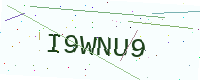
Text: I9WNU9